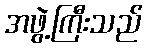
အဖွဲ့ကြီးသည်